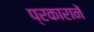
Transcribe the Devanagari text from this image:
प्रकारानें